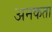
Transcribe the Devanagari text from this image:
अनकता